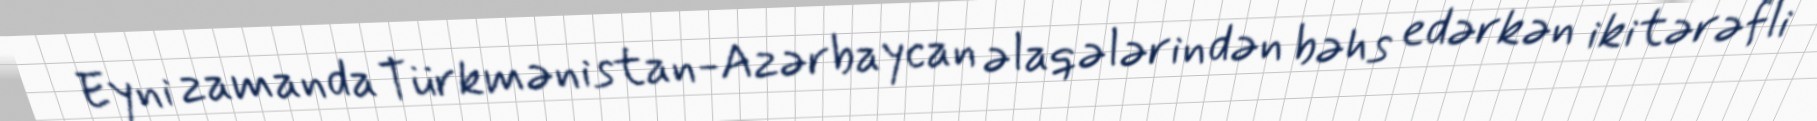
Eyni zamanda Türkmənistan-Azərbaycan əlaqələrindən bəhs edərkən ikitərəfli